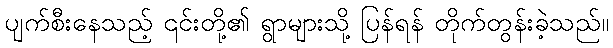
ပျက်စီးနေသည့် ၎င်းတို့၏ ရွာများသို့ ပြန်ရန် တိုက်တွန်းခဲ့သည်။